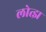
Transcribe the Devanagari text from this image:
लोत्झ